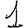
Digit: 1